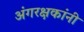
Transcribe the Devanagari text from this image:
अंगरक्षकांनी